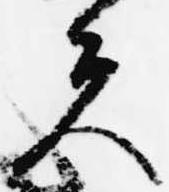
夫